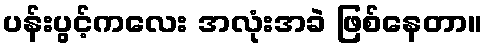
ပန်းပွင့်ကလေး အလုံးအခဲ ဖြစ်နေတာ။